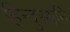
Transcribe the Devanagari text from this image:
हिन्दुस्थनि